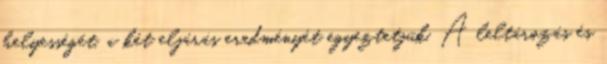
helyességét, a két eljárás eredményét egyeztetjük. A leltározás és